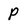
Character: P